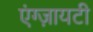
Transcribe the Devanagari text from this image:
एंग्ज़ायटी